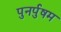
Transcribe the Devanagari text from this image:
पुनर्पुषम